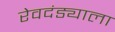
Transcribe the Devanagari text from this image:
रेवदंड्याला